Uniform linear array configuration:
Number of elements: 8
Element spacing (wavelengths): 1
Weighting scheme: cosine
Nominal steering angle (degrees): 0
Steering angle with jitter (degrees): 1.861
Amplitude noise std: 0.05
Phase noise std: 0.05

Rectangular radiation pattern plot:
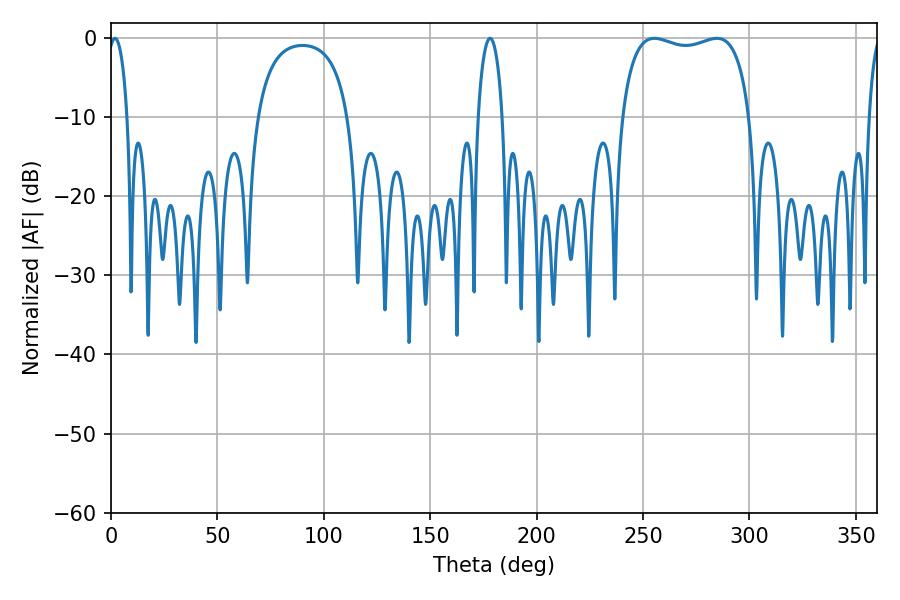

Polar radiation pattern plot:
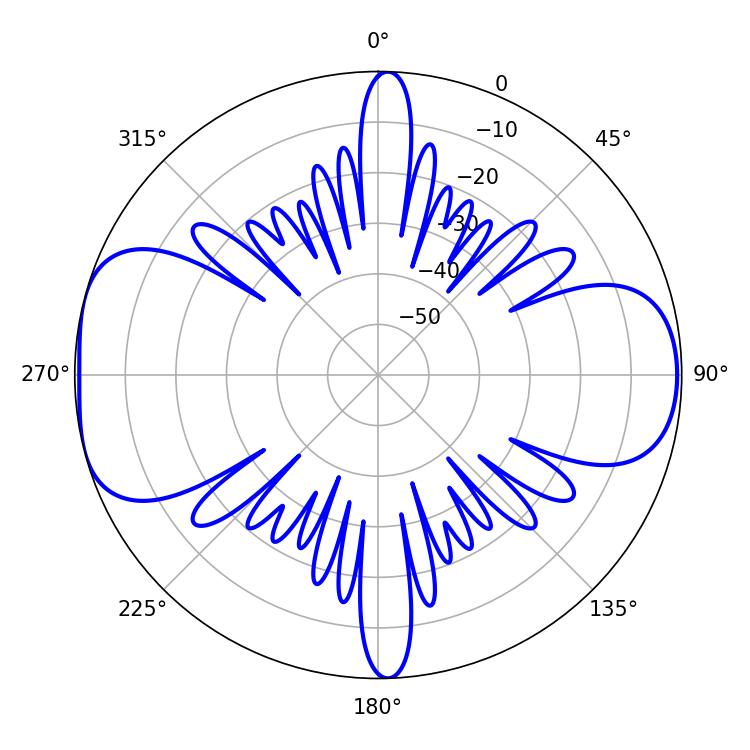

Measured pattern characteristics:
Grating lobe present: TRUE
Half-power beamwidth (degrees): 48.96
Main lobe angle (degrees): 255.24